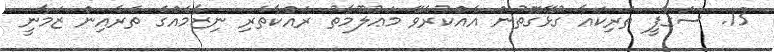
13. ސަގާފީ ތަރިކައާ ގުޅޭގޮތުން އެއްކުރެވޭ މަޢުލޫމާތު ރައްކާތެރި ނިޒާމެއްގެ ތެރެއިން ޒަމާނީ